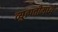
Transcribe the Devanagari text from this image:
व्युत्पत्तीमध्ये